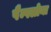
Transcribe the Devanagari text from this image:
पैम्पलोना